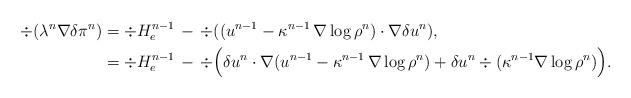
LaTeX: \begin{align*}\div(\lambda^n \nabla\delta\pi^n)&=\div H^{n-1}_e \,-\, \div(( u^{n-1}-\kappa^{n-1}\,\nabla\log\rho^n )\cdot\nabla\delta u^{n}),\\&=\div H^{n-1}_e \,-\,\div \Bigl( \delta u^{n}\cdot \nabla ( u^{n-1}-\kappa^{n-1}\,\nabla\log\rho^n )+\delta u^n \div(\kappa^{n-1}\nabla\log \rho^n) \Bigr). \end{align*}